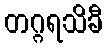
တဂ္ဂရသိခီ